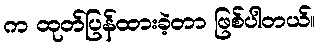
က ထုတ်ပြန်ထားခဲ့တာ ဖြစ်ပါတယ်။